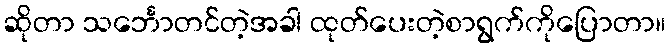
ဆိုတာ သင်္ဘောတင်တဲ့အခါ ထုတ်ပေးတဲ့စာရွက်ကိုပြောတာ။